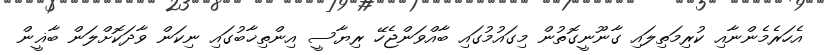
އެހަރެމެންނާއި ކުރިމަތިލައި ގާނޫނީގޮތުން މިގައުމުގައި ބާއްވަންޖެހޭ ރިޔާސީ އިންތިޚާބުގައި ނިކަން ވާދަކޮށްލަން ބާޣީން